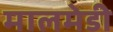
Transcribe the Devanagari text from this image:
मालमेडी